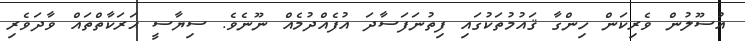
އުސޫލުން ވެރިކަން ހިންގާ ޤައުމުތަކުގައި ފިތުނަފަސާދަ އުފެއްދުމެއް ނޫނެވެ. ސިޔާސީ ޙަރަކާތްތައް ވާދަވެރި